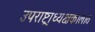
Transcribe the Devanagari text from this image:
उपराष्ट्राध्यक्षकालात